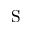
\mathrm { S }